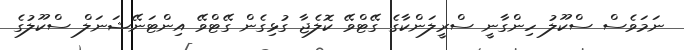
ނަމަވެސް ސްކޫލު ހިންގާނީ ސްރީލަންކާގެ ގޭޓްވޭ ކޮލެޖާ ގުޅިގެން ގޭޓްވޭ އިންޓަނޭޝަނަލް ސްކޫލުގެ